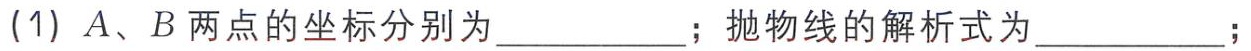
(1) \(A、B\)两点的坐标分别为  ；抛物线的解析式为  ；